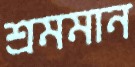
শ্রমমান